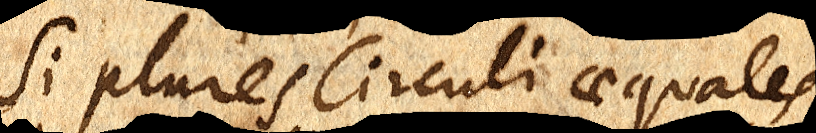
Si plures circuli aequales